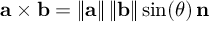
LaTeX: \mathbf { a } \times \mathbf { b } = \left\| \mathbf { a } \right\| \left\| \mathbf { b } \right\| \sin ( \theta ) \, \mathbf { n }